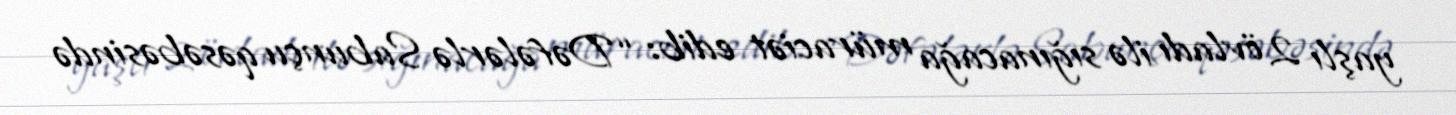
yaşlı 2 övladı ilə sığınacağa müraciət edib: “Dəfələrlə Sabunçu qəsəbəsində